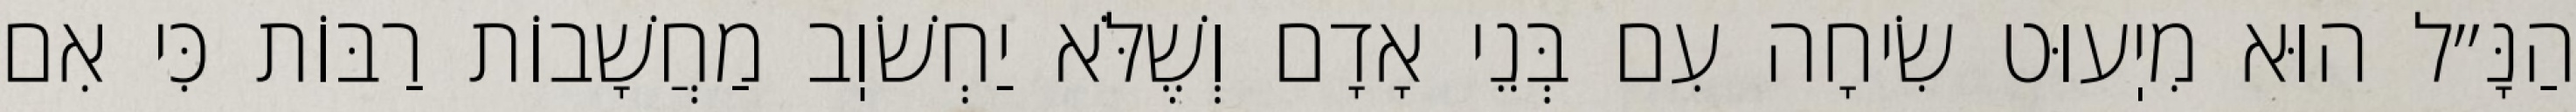
הַנָּ״ל הוּא מִיֽעוּט שִׂיחָה עִם בְּנֵי אָדָם וְשֶׁלֹּא יַחְשֹׁוֽב מַחֲשָׁבוֹת רַבּוֹת כִּי אִם